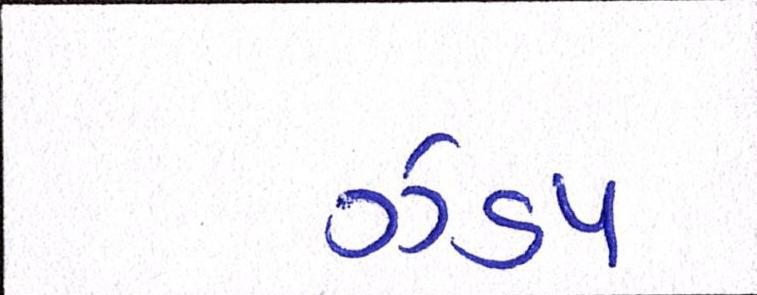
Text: ઝડપ